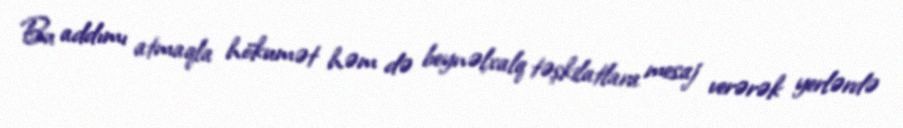
Bu addımı atmaqla hökumət həm də beynəlxalq təşkilatlara mesaj verərək yerlərdə